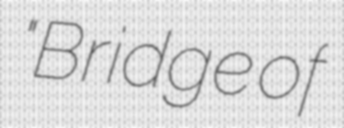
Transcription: "Bridge of